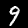
Digit: 9